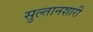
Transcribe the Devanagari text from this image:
सुल्तानशारी